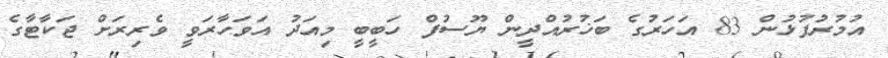
އުމުރުފުޅުން 83 އަހަރުގެ ބަޚުރުއްދީން ޔޫސުފް ހަބީބީ މިއަދު އަވަހާރަވީ ވެރިރަށް ޖަކާޓާގެ